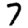
Digit: 7